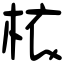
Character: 𣐿